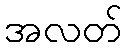
အလတ်